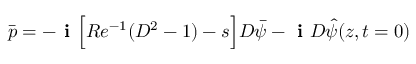
\bar { p } = - \textbf { i } \Big [ R e ^ { - 1 } ( D ^ { 2 } - 1 ) - s \Big ] D \bar { \psi } - \textbf { i } D \hat { \psi } ( z , t = 0 )